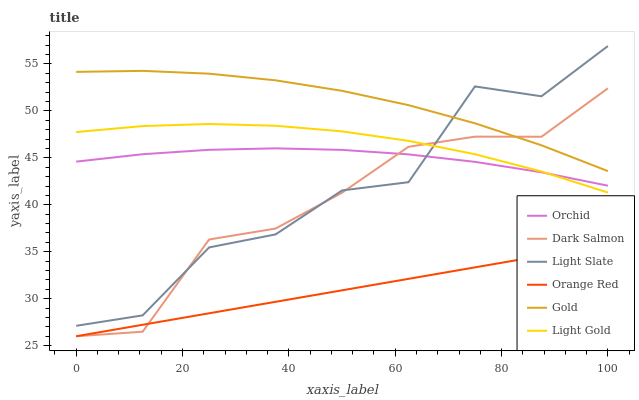
| xaxis_label | Orchid | Dark Salmon | Light Slate | Orange Red | Gold | Light Gold |
 | --- | --- | --- | --- | --- | --- | --- |
 | 0 | 44.6 | 26 | 27.1 | 26 | 54.2 | 47.8 |
 | 12.5 | 45.4 | 26.5 | 28.2 | 27.2 | 54.3 | 48.4 |
 | 25 | 45.9 | 36.3 | 35.5 | 28.4 | 54 | 48.6 |
 | 37.5 | 46 | 37.5 | 36.8 | 29.7 | 53.3 | 48.4 |
 | 50 | 45.9 | 41.3 | 41.5 | 30.9 | 52.1 | 47.8 |
 | 62.5 | 45.4 | 46.2 | 42.4 | 32.1 | 50.6 | 46.8 |
 | 75 | 44.6 | 47.3 | 52.6 | 33.3 | 48.7 | 45.4 |
 | 87.5 | 43.5 | 47.2 | 51.6 | 34.6 | 46.3 | 43.6 |
 | 100 | 42 | 52.4 | 56.9 | 35.8 | 43.6 | 41.3 |